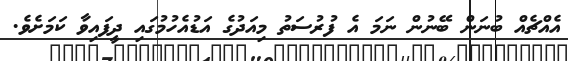
އެއްޗެއް ބުނަން ބޭނުން ނަމަ އެ ފުރުސަތު މިއަދުގެ އަޑުއެހުމުގައި ދީފައިވާ ކަމަށެވެ.